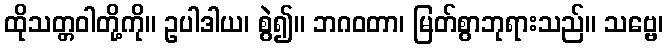
ထိုသတ္တဝါတို့ကို။ ဥပါဒါယ၊ စွဲ၍။ ဘဂဝတာ၊ မြတ်စွာဘုရားသည်။ သဗ္ဗေ၊